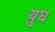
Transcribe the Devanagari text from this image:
युघ